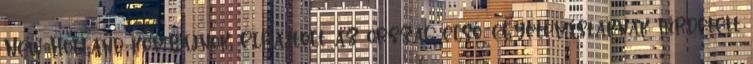
New Holland kombájnok. Elrajtolt az ország első, egyetemistáknak hirdetett